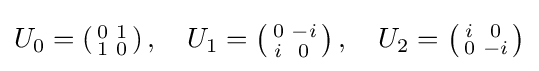
U_{0}=\left({\begin{smallmatrix}0&1\\1&0\end{smallmatrix}}\right),\quad U_{1}=\left({\begin{smallmatrix}0&-i\\i&0\end{smallmatrix}}\right),\quad U_{2}=\left({\begin{smallmatrix}i&0\\0&-i\end{smallmatrix}}\right)